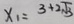
x _ { 1 } = 3 + 2 \sqrt { 3 }